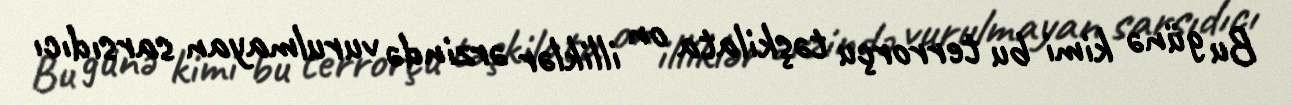
Bu günə kimi bu terrorçu təşkilata on illiklər ərzində vurulmayan sarsıdıcı